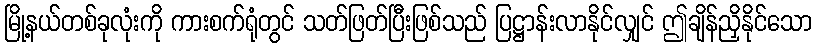
မြို့နယ်တစ်ခုလုံးကို ကားစက်ရုံတွင် သတ်ဖြတ်ပြီးဖြစ်သည် ပြဋ္ဌာန်းလာနိုင်လျှင် ဤချိန်ညှိနိုင်သော